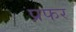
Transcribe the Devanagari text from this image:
प्रफर